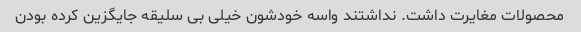
محصولات مغایرت داشت. نداشتند واسه خودشون خیلی بی سلیقه جایگزین کرده بودن